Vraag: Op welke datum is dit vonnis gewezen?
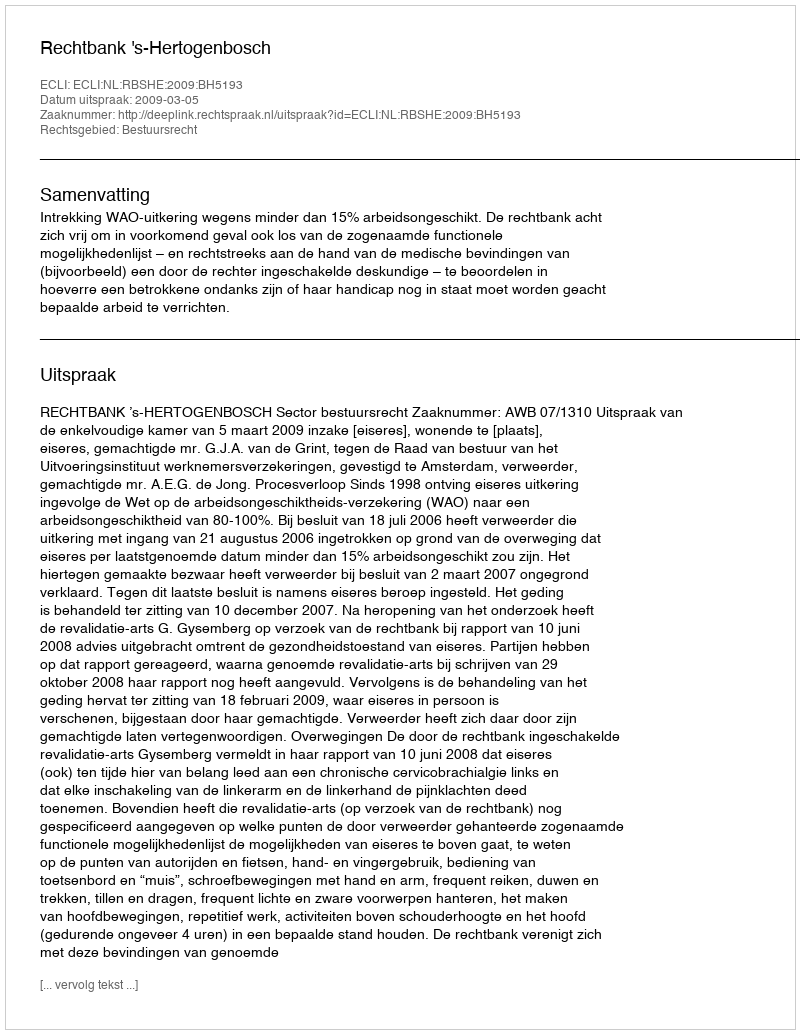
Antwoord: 2009-03-05